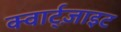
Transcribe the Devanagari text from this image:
क्वार्ट्‌ज़ाइट